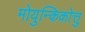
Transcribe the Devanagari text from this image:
मोयुन्किकोत्तु